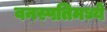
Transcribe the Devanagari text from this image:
वनस्पतिमध्ये